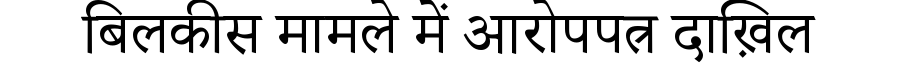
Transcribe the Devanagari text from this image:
बिलकीस मामले में आरोपपत्र दाख़िल